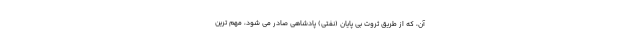
آن، که از طریق ثروت بی پایان (نفتی) پادشاهی صادر می شود، مهم ترین